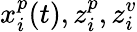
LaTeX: x_{i}^{p}(t),z_{i}^{p},z_{i}^{v}